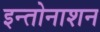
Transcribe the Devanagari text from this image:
इन्तोनाशन